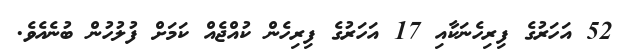
52 އަހަރުގެ ފިރިހެނަކާއި 17 އަހަރުގެ ފިރިހެން ކުއްޖެއް ކަމަށް ފުލުހުން ބުނެއެވެ.